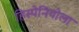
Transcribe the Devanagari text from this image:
हिस्पेनियोला